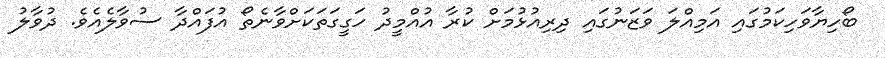
ބޯހިޔާވަހިކަމުގައި އަމިއްލަ ވަޒަނުގައި ދިރިއުޅުމަށް ކުރާ އުއްމީދު ހަގީގަތަކަށްވާނެތޯ އުފައްދާ ސުވާލެއެވެ. ދުވާލު